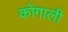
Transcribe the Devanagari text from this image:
कोंगाली